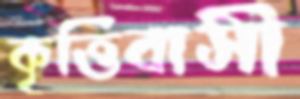
কৃত্তিবাসী